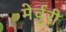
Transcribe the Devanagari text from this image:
मेर्चुरी